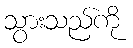
သွားသည်ကို